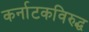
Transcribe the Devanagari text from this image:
कर्नाटकविरुद्ध